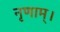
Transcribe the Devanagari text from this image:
नृणाम्‌।